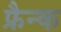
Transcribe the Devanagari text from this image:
फ्रैन्क